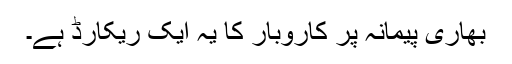
بھاری پیمانہ پر کاروبار کا یہ ایک ریکارڈ ہے۔